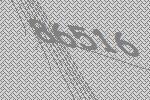
86516